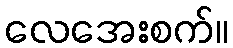
လေအေးစက်။